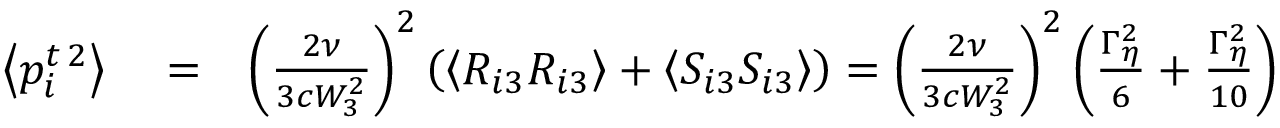
\begin{array} { r l r } { \left\langle p _ { i } ^ { t \, 2 } \right\rangle } & { { } = } & { \left( \frac { 2 \nu } { 3 c W _ { 3 } ^ { 2 } } \right) ^ { 2 } \left( \left\langle R _ { i 3 } R _ { i 3 } \right\rangle + \left\langle S _ { i 3 } S _ { i 3 } \right\rangle \right) = \left( \frac { 2 \nu } { 3 c W _ { 3 } ^ { 2 } } \right) ^ { 2 } \left( \frac { \Gamma _ { \eta } ^ { 2 } } { 6 } + \frac { \Gamma _ { \eta } ^ { 2 } } { 1 0 } \right) } \end{array}